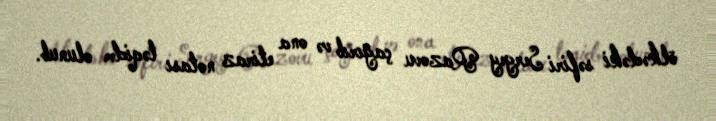
ölkədəki səfiri Sergey Razovu çağırıb və ona etiraz notası təqidm olunub.